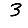
Digit: 3